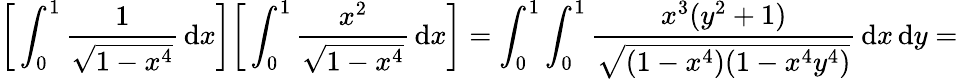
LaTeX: {\biggl[}\int_{0}^{1}{\frac{1}{\sqrt{1-x^{4}}}}\, \mathrm{d}x{\biggr]}{\biggl[}\int_{0}^{1}{\frac{x^{2}}{\sqrt{1-x^{4}}}}\, \mathrm{d}x{\biggr]}=\int_{0}^{1}\int_{0}^{1}{\frac{x^{3}(y^{2}+1)}{\sqrt{(1-x^{4})(1-x^{4}y^{4})}}}\, \mathrm{d}x\, \mathrm{d}y=